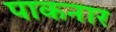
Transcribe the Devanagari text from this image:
पाकनार